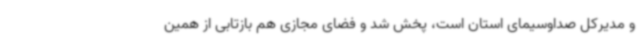
و مدیرکل صداوسیمای استان است، پخش شد و فضای مجازی هم بازتابی از همین